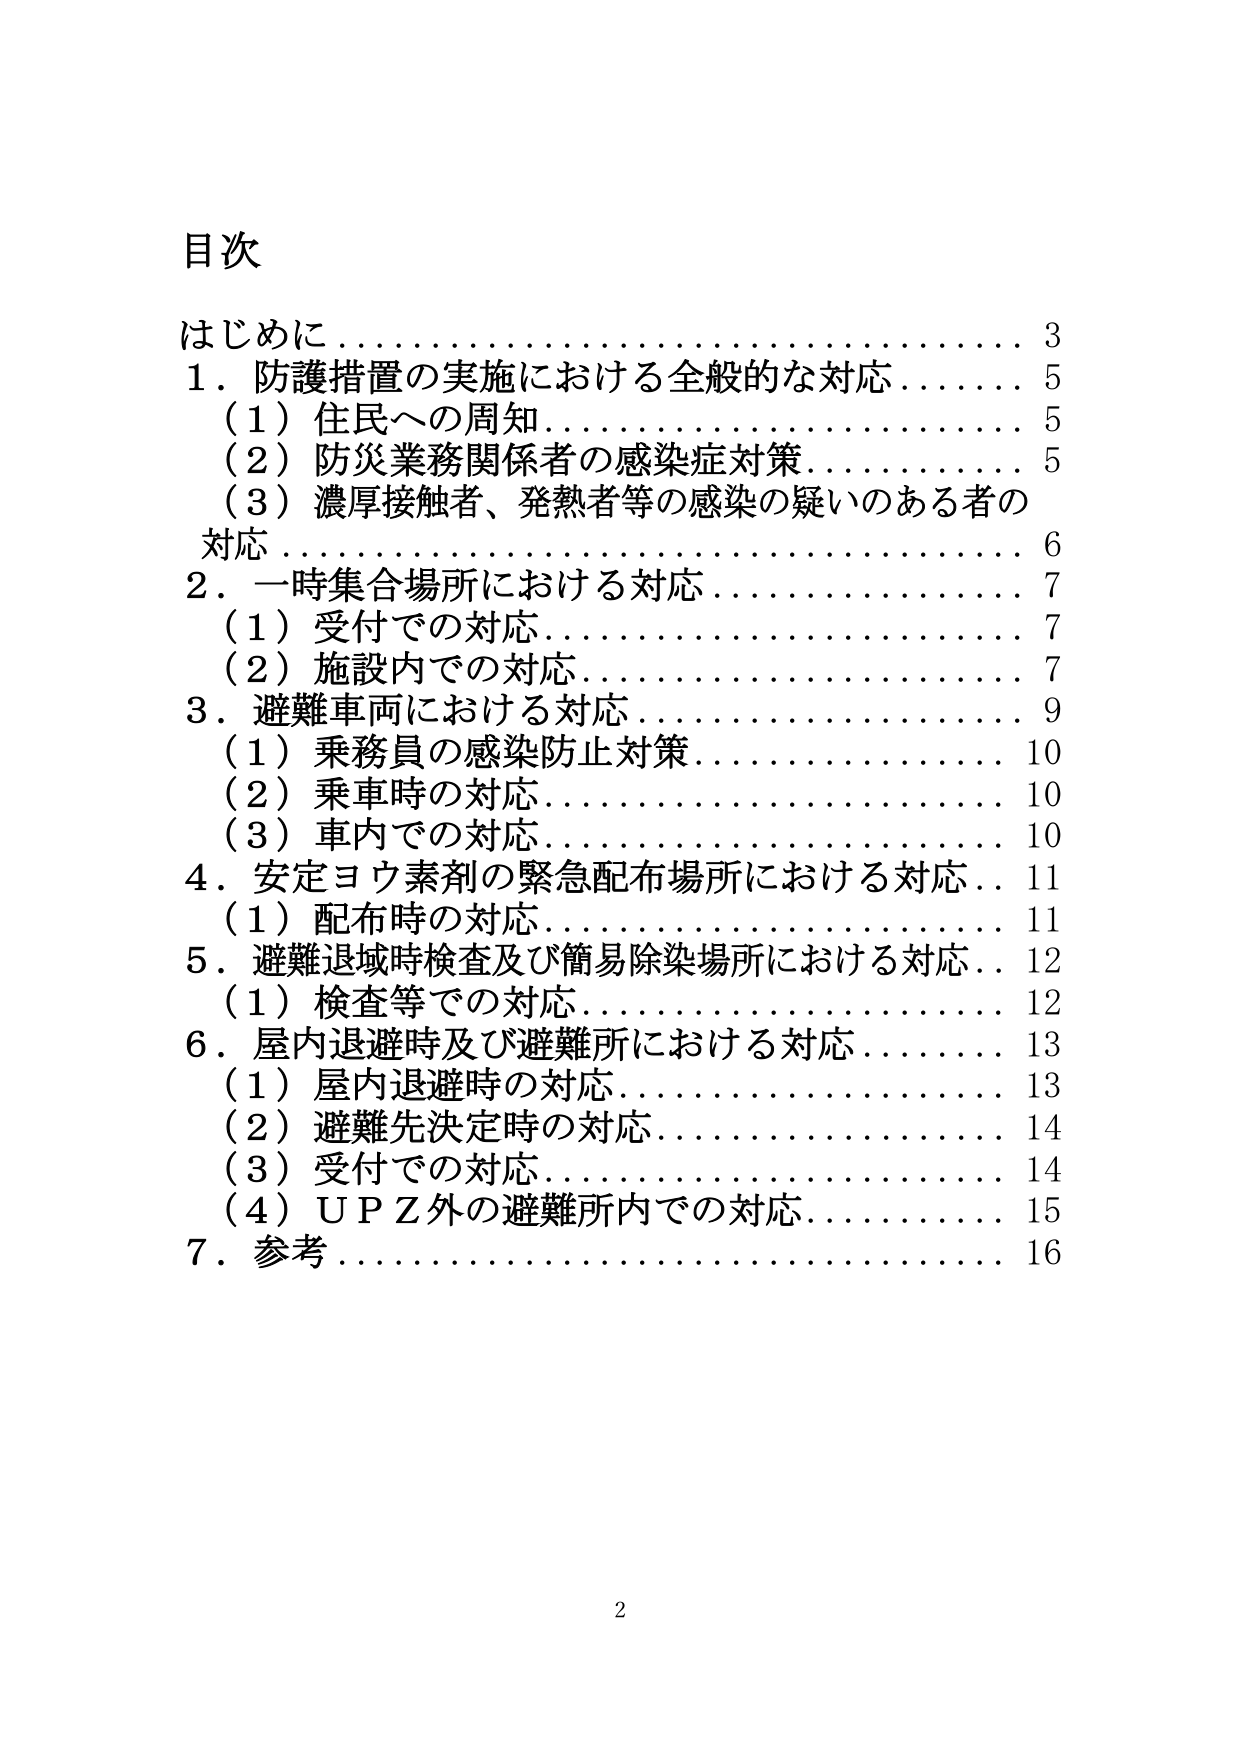
目次
はじめに……………………………………… 3
1．防護措置の実施における全般的な対応……… 5
　（1）住民への周知…………………………… 5
　（2）防災業務関係者の感染症対策…………… 5
　（3）濃厚接触者、発熱者等の感染の疑いのある者の
　　　対応……………………………………… 6
2．一時集合場所における対応………………… 7
　（1）受付での対応…………………………… 7
　（2）施設内での対応………………………… 7
3．避難車両における対応……………………… 9
　（1）乗務員の感染防止対策………………… 10
　（2）乗車時の対応…………………………… 10
　（3）車内での対応…………………………… 10
4．安定ヨウ素剤の緊急配布場所における対応… 11
　（1）配布時の対応…………………………… 11
5．避難退域時検査及び簡易除染場所における対応… 12
　（1）検査等での対応………………………… 12
6．屋内退避時及び避難所における対応………… 13
　（1）屋内退避時の対応……………………… 13
　（2）避難先決定時の対応…………………… 14
　（3）受付での対応…………………………… 14
　（4）ＵＰＺ外の避難所内での対応…………… 15
7．参考………………………………………… 16
2